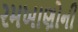
રમખાણોની